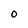
Character: 0